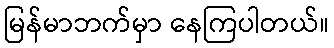
မြန်မာဘက်မှာ နေကြပါတယ်။